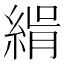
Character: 𦂝